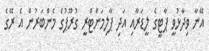
އޭނާ ވިދާޅުވީ ޕާޓީގެ ލީޑަރާއި އަދި ޕާލިމަންޓްރީ ގުރޫޕުގެ މެންބަރުން އެ ރޭގެ